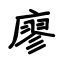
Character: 廖